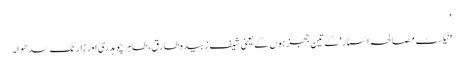
'
'نیکسٹ مصالحہ اسٹار' کے تین ججز ہوں گے یعنی شیف زبیدہ طارق، طاہر چوہدری اور زارنک سدھوا۔